Scottish Leaving Certificate Examination, 1961
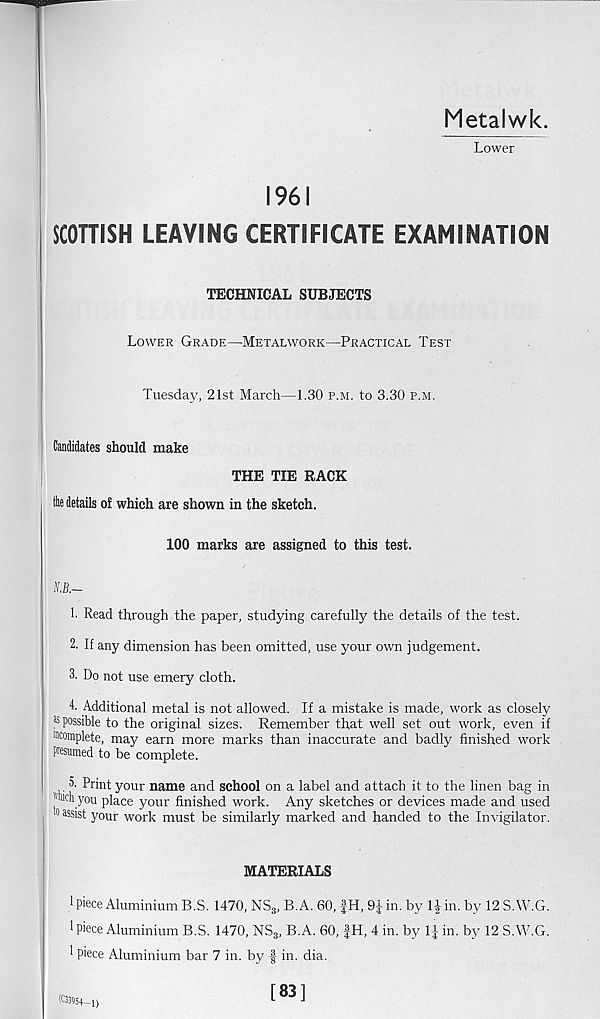
Metalwk.
Lower
1961
SCOTTISH LEAVING CERTIFICATE EXAMINATION
TECHNICAL SUBJECTS
Lower Grade—Metalwork—Practical Test
Tuesday, 21st March—1.30 p.m. to 3.30 p.m.
Candidates should make
THE TIE RACK
the details of which are shown in the sketch.
100 marks are assigned to this test.
1. Read through the paper, studying carefully the details of the test.
2. If any dimension has been omitted, use your own judgement.
3. Do not use emery cloth.
4. Additional metal is not allowed. If a mistake is made, work as closely
K possible to the original sizes. Remember that well set out work, even if
'"complete, may earn more marks than inaccurate and badly finished work
presumed to be complete.
o. Print your name and school on a label and attach it to the linen bag in
jl 1 you place your finished work. Any sketches or devices made and used
0 assist your work must be similarly marked and handed to the Invigilator.
MATERIALS
1 Piece Aluminium B.S. 1470, NS 3 , B.A. 60, |H, 9J in. by 1| in. by 12 S.W.G.
1 piece Aluminium B.S. 1470, NS 3 , B.A. 60, |H, 4 in. by Lj; in. by 12 S.W.G.
1 piece Aluminium bar 7 in. by § in. dia.
(C33954—l)
[83]